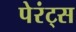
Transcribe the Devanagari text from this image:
पेरंट्स